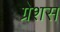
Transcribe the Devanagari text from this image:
ग्रेशस